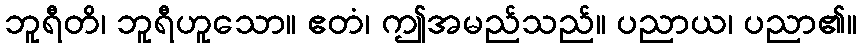
ဘူရီတိ၊ ဘူရီဟူသော။ ဧတံ၊ ဤအမည်သည်။ ပညာယ၊ ပညာ၏။